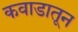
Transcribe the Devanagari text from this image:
कवाडातून